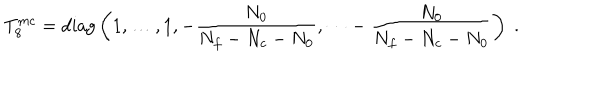
T _ { 8 } ^ { m c } = \mathrm { d i a g } \left( 1 , \dots , 1 , - \frac { N _ { 0 } } { N _ { f } - N _ { c } - N _ { 0 } } , \dots - \frac { N _ { 0 } } { N _ { f } - N _ { c } - N _ { 0 } } \right) \; .